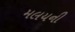
મલયની